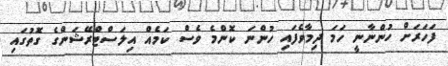
ފަހަރަށް ހުންނާނީ ހަމަ ދިމާވެފައި ހުންނަ ކޮންމެ ވެސް ކަމެއް އިލަސްޓްރޭޝަންގެ ގޮތުގައި